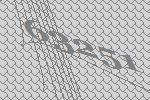
63251